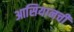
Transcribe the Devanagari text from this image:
आसियानची